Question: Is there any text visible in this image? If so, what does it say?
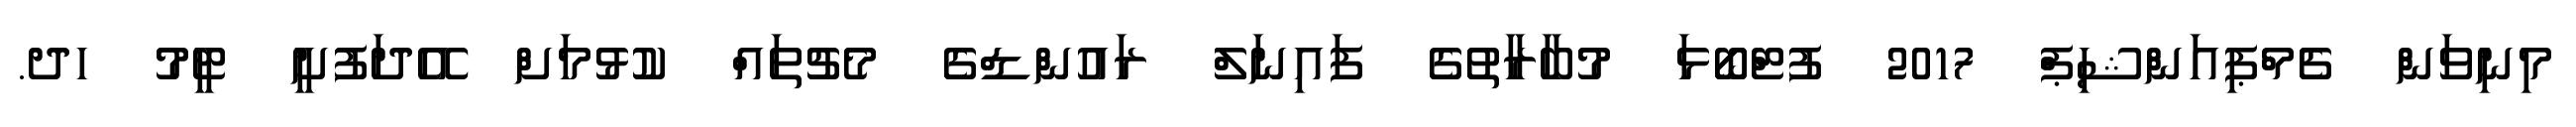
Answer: މިނިވަން ޗެމްޕިއަންޝިޕް 2017 ފުޓްބޯޅަ މުބާރާތުގެ ފައިނަލް ރައުންޑްގެ މެޗުތައް ކުޅުމަށް އޭދަފުށީ ޓީމު ހދ.